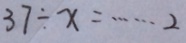
3 7 \div x = \cdots 2